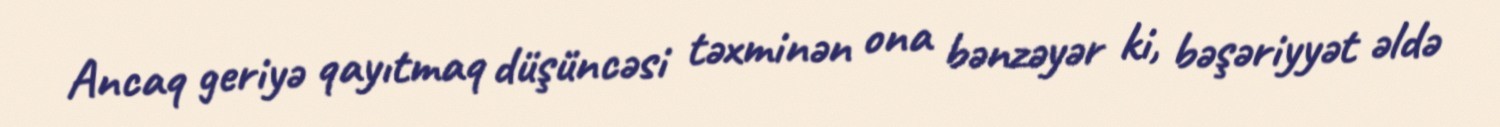
Ancaq geriyə qayıtmaq düşüncəsi təxminən ona bənzəyər ki, bəşəriyyət əldə